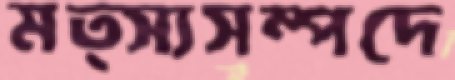
মত্স্যসম্পদে